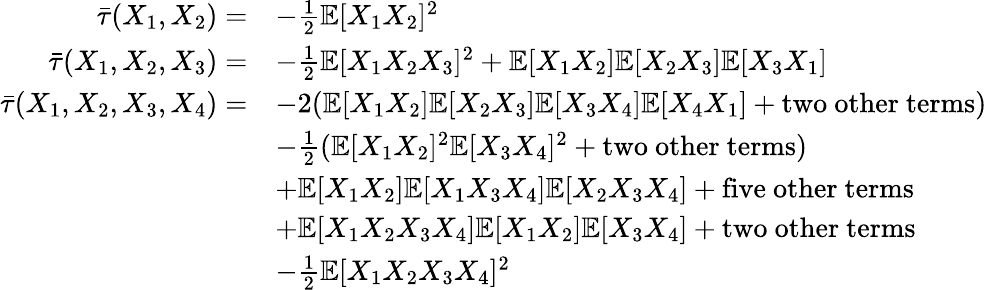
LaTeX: \begin{array}{rl}{\bar{\tau}(X_{1},X_{2})=}&{-\frac{1}{2}\mathbb{E}[X_{1}X_{2}]^{2}}\\ {\bar{\tau}(X_{1},X_{2},X_{3})=}&{-\frac{1}{2}\mathbb{E}[X_{1}X_{2}X_{3}]^{2}+\mathbb{E}[X_{1}X_{2}]\mathbb{E}[X_{2}X_{3}]\mathbb{E}[X_{3}X_{1}]}\\ {\bar{\tau}(X_{1},X_{2},X_{3},X_{4})=}&{-2(\mathbb{E}[X_{1}X_{2}]\mathbb{E}[X_{2}X_{3}]\mathbb{E}[X_{3}X_{4}]\mathbb{E}[X_{4}X_{1}]+\mathrm{two~other~terms})}\\ &{-\frac{1}{2}(\mathbb{E}[X_{1}X_{2}]^{2}\mathbb{E}[X_{3}X_{4}]^{2}+\mathrm{two~other~terms})}\\ &{+\mathbb{E}[X_{1}X_{2}]\mathbb{E}[X_{1}X_{3}X_{4}]\mathbb{E}[X_{2}X_{3}X_{4}]+\mathrm{five~other~terms}}\\ &{+\mathbb{E}[X_{1}X_{2}X_{3}X_{4}]\mathbb{E}[X_{1}X_{2}]\mathbb{E}[X_{3}X_{4}]+\mathrm{two~other~terms}}\\ &{-\frac{1}{2}\mathbb{E}[X_{1}X_{2}X_{3}X_{4}]^{2}}\end{array}